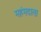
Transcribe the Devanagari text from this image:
महंमदाला